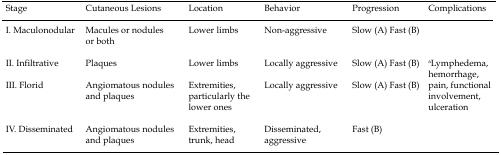
| Stage | Cutaneous Lesions | Location | Behavior | Progression | Complications |
 | --- | --- | --- | --- | --- | --- |
 | I. Maculonodular | Macules or nodules or both | Lower limbs | Non-aggressive | Slow (A) Fast (B) | <ROWSPAN=4> aLymphedema, hemorrhage, pain, functionalinvolvement, ulceration |
 | II. Infiltrative | Plaques | Lower limbs | Locally aggressive | Slow (A) Fast (B) |
 | III. Florid | Angiomatous nodules and plaques | Extremities, particularly the lower ones | Locally aggressive | Slow (A) Fast (B) |
 | IV. Disseminated | Angiomatous nodules and plaques | Extremities, trunk, head | Disseminated, aggressive | Fast (B) |